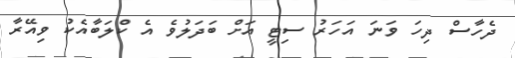
ދެހާސް ދިހަ ވަނަ އަހަރު ސިޓީ އަށް ބަދަލުވެ އެ ކްލަބާއެކު ވިއޭރާ